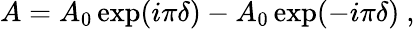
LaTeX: A=A_{0}\exp(i\pi\delta)-A_{0}\exp(-i\pi\delta)~,